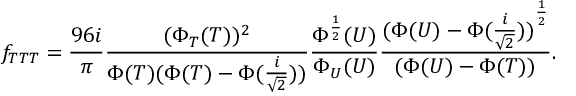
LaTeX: f _ { T T T } = \frac { 9 6 i } { \pi } \frac { ( \Phi _ { T } ( T ) ) ^ { 2 } } { \Phi ( T ) ( \Phi ( T ) - \Phi ( \frac { i } { \sqrt { 2 } } ) ) } \frac { \Phi ^ { \frac { 1 } { 2 } } ( U ) } { \Phi _ { U } ( U ) } \frac { { ( \Phi ( U ) - \Phi ( \frac { i } { \sqrt { 2 } } ) ) } ^ { \frac { 1 } { 2 } } } { ( \Phi ( U ) - \Phi ( T ) ) } .